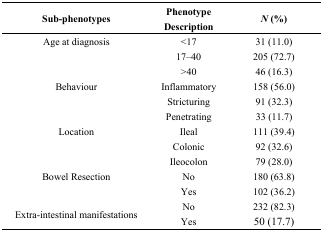
<table><thead><tr><td><b>Sub-phenotypes</b></td><td><b>Phenotype Description</b></td><td><b><i>N</i> (%)</b></td></tr></thead><tbody><tr><td>Age at diagnosis</td><td>&lt;17</td><td>31 (11.0)</td></tr><tr><td></td><td>17–40</td><td>205 (72.7)</td></tr><tr><td></td><td>&gt;40</td><td>46 (16.3)</td></tr><tr><td>Behaviour</td><td>Inflammatory</td><td>158 (56.0)</td></tr><tr><td></td><td>Stricturing</td><td>91 (32.3)</td></tr><tr><td></td><td>Penetrating</td><td>33 (11.7)</td></tr><tr><td>Location</td><td>Ileal</td><td>111 (39.4)</td></tr><tr><td></td><td>Colonic</td><td>92 (32.6)</td></tr><tr><td></td><td>Ileocolon</td><td>79 (28.0)</td></tr><tr><td>Bowel Resection</td><td>No</td><td>180 (63.8)</td></tr><tr><td></td><td>Yes</td><td>102 (36.2)</td></tr><tr><td rowspan="2">Extra-intestinal manifestations</td><td>No</td><td>232 (82.3)</td></tr><tr><td>Yes</td><td>50 (17.7)</td></tr></tbody></table>